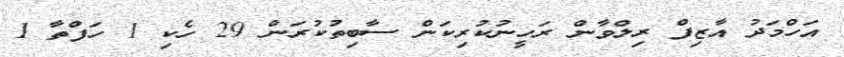
އަހްމަދު އާޒިފް ރިލްވާން ރަހީނުކުރިކަން ސާބިތުކުރަން 29 ހެކި 1 ހަފްތާ 1